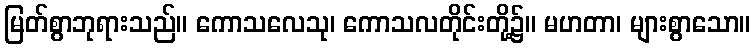
မြတ်စွာဘုရားသည်။ ကောသလေသု၊ ကောသလတိုင်းတို့၌။ မဟတာ၊ များစွာသော။